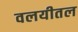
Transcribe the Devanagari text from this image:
वलयीतल